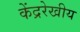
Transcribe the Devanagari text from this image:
केंद्ररेखीय